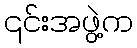
၎င်းအဖွဲ့က